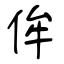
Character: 侔